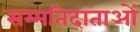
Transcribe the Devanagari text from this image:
सम्मतिदाताओं